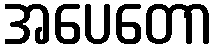
အပေတော